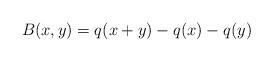
LaTeX: \begin{align*} B(x,y) = q(x+y) - q(x) - q(y) \end{align*}